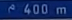
e400m